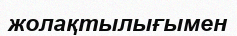
жолақтылығымен